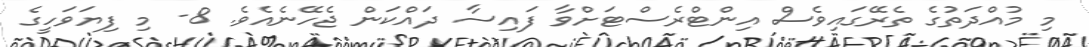
މި މުއްދަތުގެ ތެރޭގައިވެސް އިންޓްރެސްޓަށްވާ ފައިސާ ދައްކަން ޖެހޭނެއެވެ. 8- މި ފިޔަވަހީގެ